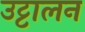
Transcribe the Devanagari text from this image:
उट्टालन